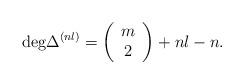
LaTeX: \begin{align*}\mbox{deg} \Delta^{(nl)}=\left( \begin{array}{c} m \\ 2 \end{array} \right) +nl-n. \end{align*}